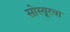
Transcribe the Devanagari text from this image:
सोस्यूरचा